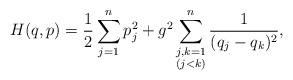
LaTeX: \begin{align*}H(q,p)=\frac{1}{2}\sum_{j=1}^np_j^2+g^2\sum_{\substack{j,k=1\\(j<k)}}^n\frac{1}{(q_j-q_k)^2},\end{align*}